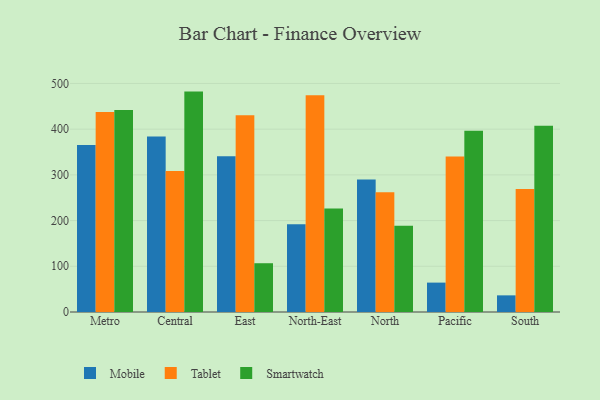
{"axis": {"x": "Region", "y": "Net Income (USD K)"}, "legend": ["Mobile", "Smartwatch", "Tablet"], "data": [{"x": "Metro", "y": 365.6, "type": "Mobile"}, {"x": "Metro", "y": 437.7, "type": "Tablet"}, {"x": "Metro", "y": 441.8, "type": "Smartwatch"}, {"x": "Central", "y": 383.9, "type": "Mobile"}, {"x": "Central", "y": 308.6, "type": "Tablet"}, {"x": "Central", "y": 482.2, "type": "Smartwatch"}, {"x": "East", "y": 341.0, "type": "Mobile"}, {"x": "East", "y": 430.3, "type": "Tablet"}, {"x": "East", "y": 106.7, "type": "Smartwatch"}, {"x": "North-East", "y": 191.8, "type": "Mobile"}, {"x": "North-East", "y": 474.1, "type": "Tablet"}, {"x": "North-East", "y": 226.4, "type": "Smartwatch"}, {"x": "North", "y": 289.7, "type": "Mobile"}, {"x": "North", "y": 262.2, "type": "Tablet"}, {"x": "North", "y": 188.7, "type": "Smartwatch"}, {"x": "Pacific", "y": 64.3, "type": "Mobile"}, {"x": "Pacific", "y": 340.3, "type": "Tablet"}, {"x": "Pacific", "y": 396.5, "type": "Smartwatch"}, {"x": "South", "y": 36.4, "type": "Mobile"}, {"x": "South", "y": 269.2, "type": "Tablet"}, {"x": "South", "y": 407.6, "type": "Smartwatch"}]}